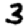
Digit: 3